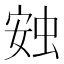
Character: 𧊹